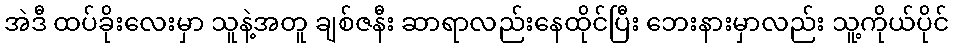
အဲဒီ ထပ်ခိုးလေးမှာ သူနဲ့အတူ ချစ်ဇနီး ဆာရာလည်းနေထိုင်ပြီး ဘေးနားမှာလည်း သူ့ကိုယ်ပိုင်